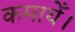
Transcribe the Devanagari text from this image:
कमायेँ।